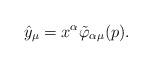
LaTeX: \begin{gather*}\hat{y}_\mu=x^\alpha\tilde{\varphi}_{\alpha\mu}(p).\end{gather*}